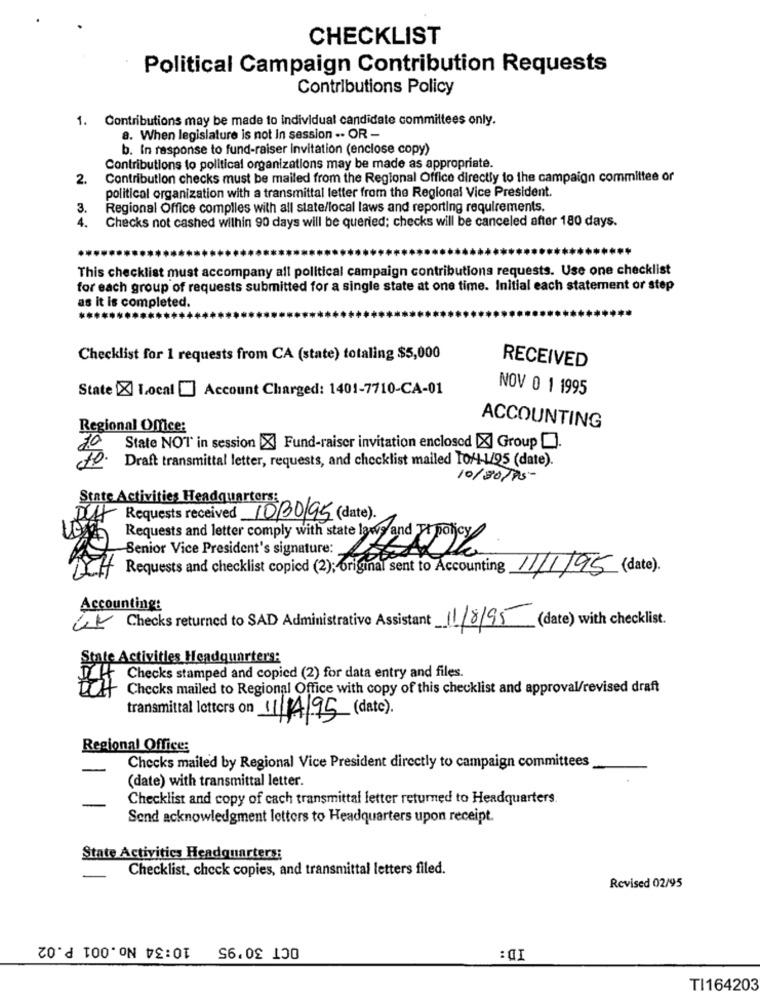
CHECKLIST
Political Campaign Contribution Requests
Contributions Policy
1. Contributions may be made to individual candidate committees only.
8. When legislature is not In session .. OR -
b. In response to fund-raiser invitation (enclose copy)
Contributions to political organizations may be made as appropriate.
2.
Contribution checks must be mailed from the Regional Office directly to the campaign committee or
political organization with a transmittal letter from the Regional Vice President.
3.
Regional Office complles with all state/local laws and reporting requirements.
Checks not cashed wilhin 90 days will be queried; checks will be canceled after 180 days.
4.
This checklist must accompany all political campaign contributions requests. Use one checklist
for each group of requests submitted for a single state at one time. Initial each statement or step
as it is completed.
Checklist for 1 requests from CA (state) totaling $5,000
RECEIVED
State [X] Local [] Account Charged: 1401-7710-CA-01
NOV 0 1 1995
Regional Office:
ACCOUNTING
70
State NOT in session X Fund-raiser invitation enclosed [X] Group [.
to. Draft transmittal letter, requests, and checklist mailed TO/4-1/95 (date).
10/30/95
State Activities Headquarters:
Du Requests received 10/30/95 (date).
Senior Vice President's signature:
Requests and letter comply with state laws and W polycy
Requests and checklist copied (2); original sent to Accounting 11/1/95 (date).
Accounting:
UK Checks returned to SAD Administrative Assistant 11/8/95 (date) with checklist.
State Activities Headquarters:
LH
Checks stamped and copied (2) for data entry and files.
Checks mailed to Regional Office with copy of this checklist and approval/revised draft
transmittal letters on 11/4/95 (date)
Regional Office:
Checks mailed by Regional Vice President directly to campaign committees
(date) with transmittal letter.
Checklist and copy of cach transmittal letter returned to Headquarters.
Send acknowledgment letters to Headquarters upon receipt.
State Activities Headquarters:
Checklist, check copies, and transmittal letters filed.
Revised 02/95
OCT 30'95 10:34 No.001 P.02
ID:
TI164203